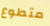
متطوع